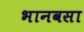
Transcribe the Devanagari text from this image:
भानवसा